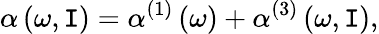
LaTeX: \alpha\left(\omega,\mathtt{I}\right)=\alpha^{(1)}\left(\omega\right)+\alpha^{(3)}\left(\omega,\mathtt{I}\right),